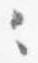
々